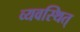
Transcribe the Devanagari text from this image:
व्यवस्थित्